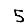
Digit: 5